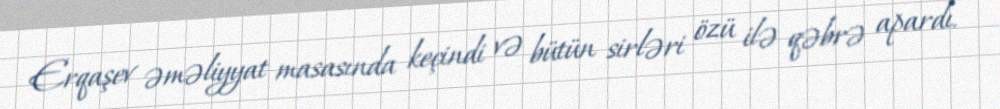
Erqaşev əməliyyat masasında keçindi və bütün sirləri özü ilə qəbrə apardı.